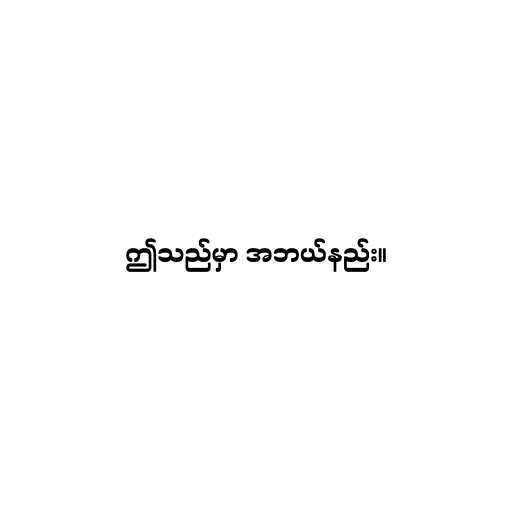
ဤသည်မှာ အဘယ်နည်း။